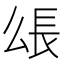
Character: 𰿋